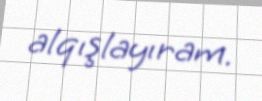
alqışlayıram.